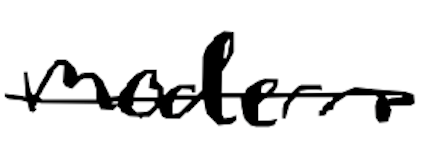
Text: modern
Cross-out: single-line
Writing tool: digital_black